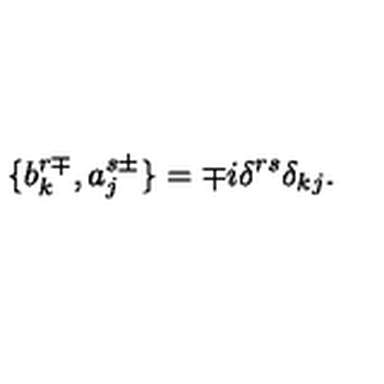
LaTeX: \{ b _ { k } ^ { r \mp } , a _ { j } ^ { s \pm } \} = \mp i \delta ^ { r s } \delta _ { k j } .